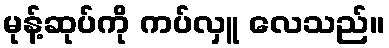
မုန့်ဆုပ်ကို ကပ်လှူ လေသည်။